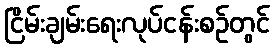
ငြိမ်းချမ်းရေးလုပ်ငန်းစဉ်တွင်